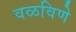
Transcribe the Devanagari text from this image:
वळविणे